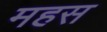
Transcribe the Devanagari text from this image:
महस